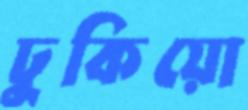
ঢুকিয়ো